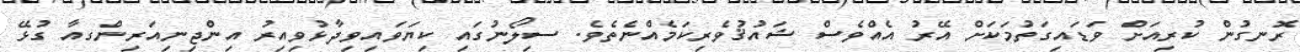
ރޮނގުން ކުރިއަށް ވަޑައިގަތުމަކަށް އޭރު އެއްވެސް ޝައުޤުވެރިކަމެއްނެތެވެ. ސިލޯނުގައި ކިޔަވައިވިދާޅުވިއިރު އިންޖިނިއަރިންގއާ ގުޅޭ